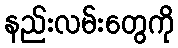
နည်းလမ်းတွေကို